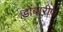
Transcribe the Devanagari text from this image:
डोंबारीण